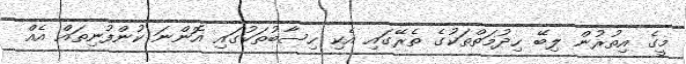
މީގެ އިތުރުން ލިބޭ ހިދުމަތްތަކުގެ ތެރޭގައި އެކި ހިސާބުތަކުގައި އޮންނަ ކުންފުނިތައް އެއް